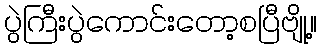
ပွဲကြီးပွဲကောင်းတော့စပြီဗျို့။